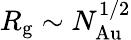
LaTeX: R_{\mathrm{g}}\sim N_{\mathrm{Au}}^{1/2}